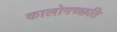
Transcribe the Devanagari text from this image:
कालोगच्छति